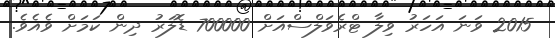
2015 ވަނަ އަހަރު ވިލާ ޓްރެވަލްސްއަށް 700000 ޑޮލަރު ދިން ކަމަށް ވެއެވެ.